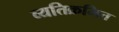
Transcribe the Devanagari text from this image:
व्यतिक्रमित